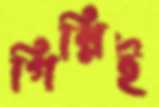
গিন্নিই